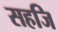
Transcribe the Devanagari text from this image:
सहजि